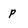
Character: p